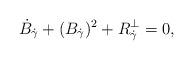
LaTeX: \begin{align*} \dot B_{\dot\gamma}+(B_{\dot\gamma})^2 +R^\bot_{\dot\gamma}=0,\end{align*}